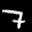
Label: 7